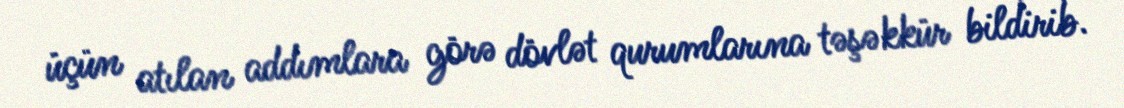
üçün atılan addımlara görə dövlət qurumlarına təşəkkür bildirib.